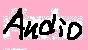
Text: Audio